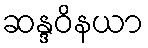
ဆန္ဒဝိနယာ